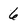
Character: 6